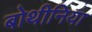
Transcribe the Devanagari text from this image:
बोथीनिया